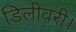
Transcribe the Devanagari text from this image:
डिलीवरी।